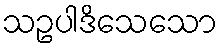
သဥပါဒိသေသော